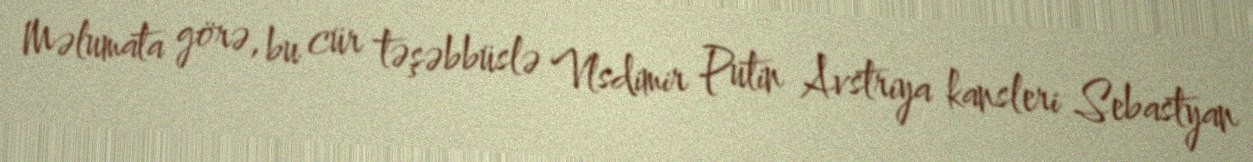
Məlumata görə, bu cür təşəbbüslə Vlsdimir Putin Avstriya kansleri Sebastyan